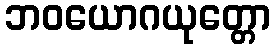
ဘဝယောဂယုတ္တော